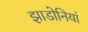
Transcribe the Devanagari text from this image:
झाडोनियां